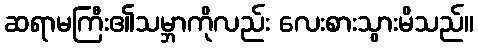
ဆရာမကြီး၏သမ္ဘာကိုလည်း လေးစားသွားမိသည်။